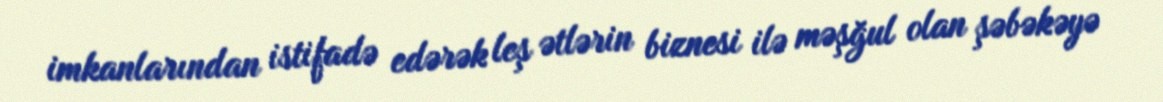
imkanlarından istifadə edərək leş ətlərin biznesi ilə məşğul olan şəbəkəyə